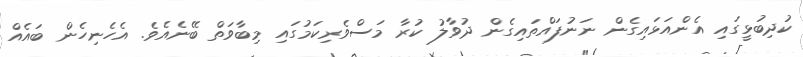
ކުދިބުޅީގައި އެންއަޅައިގެން ނަނުފައްތައިގެން ދުވާލު ކުރާ މަސްވެރިކަމުގައި މިބާވަތް ބޭނެއެވެ. އެހެނިހެން ބައެއް